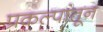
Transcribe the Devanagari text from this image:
प्रकल्पांतून